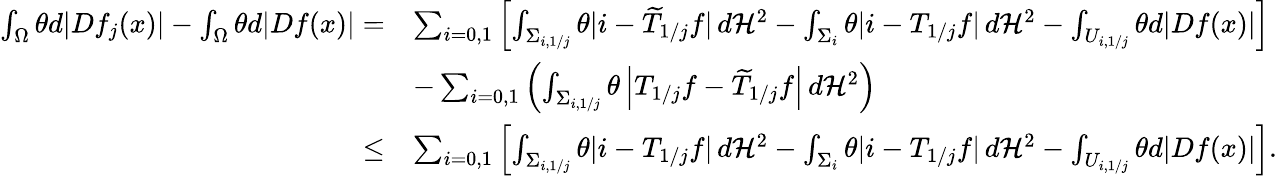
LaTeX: \begin{array}{rl}{\int_{\Omega}\theta d|Df_{j}(x)|-\int_{\Omega}\theta d|Df(x)|=}&{\sum_{i=0,1}\left[\int_{\Sigma_{i,1/j}}\theta|i-\widetilde{T}_{1/j}f|\, d\mathcal H^{2}-\int_{\Sigma_{i}}\theta|i-T_{1/j}f|\, d\mathcal H^{2}-\int_{U_{i,1/j}}\theta d|Df(x)|\right]}\\ &{-\sum_{i=0,1}\left(\int_{\Sigma_{i,1/j}}\theta\left|T_{1/j}f-\widetilde{T}_{1/j}f\right|\, d\mathcal H^{2}\right)}\\ {\leq}&{\sum_{i=0,1}\left[\int_{\Sigma_{i,1/j}}\theta|i-T_{1/j}f|\, d\mathcal H^{2}-\int_{\Sigma_{i}}\theta|i-T_{1/j}f|\, d\mathcal H^{2}-\int_{U_{i,1/j}}\theta d|Df(x)|\right].}\end{array}